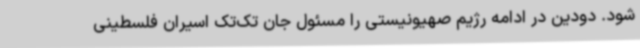
شود. دودین در ادامه رژیم صهیونیستی را مسئول جان تک‌تک اسیران فلسطینی